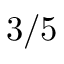
3 / 5